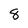
Character: 8